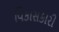
વિકાસકારી